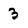
Character: 3